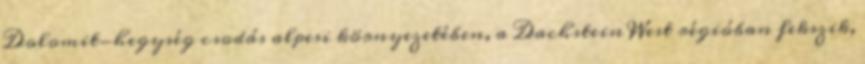
Dolomit-hegység csodás alpesi környezetében, a Dachstein West régióban fekszik,